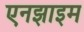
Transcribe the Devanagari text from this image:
एनझाइम